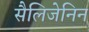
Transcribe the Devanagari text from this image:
सैलिजेनिन